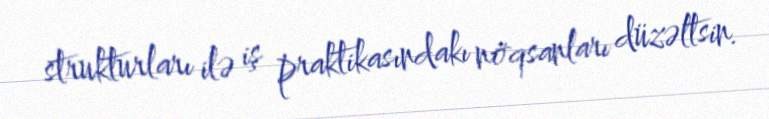
strukturları ilə iş praktikasındakı nöqsanları düzəltsin.